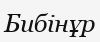
Бибінұр